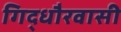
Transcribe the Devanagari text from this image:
गिद्धौरवासी